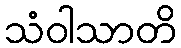
သံဝါသာတိ